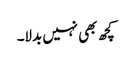
کچھ بھی نہیں بدلا۔